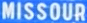
MISSOURI